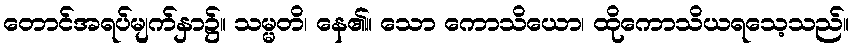
တောင်အရပ်မျက်နှာ၌။ သမ္မတိ၊ နေ၏။ သော ကောသိယော၊ ထိုကောသိယရသေ့သည်။